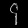
Digit: ၄